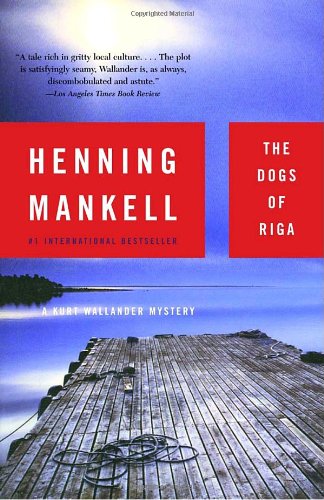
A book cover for The Dogs of Riga; Henning Mankell; Mystery, Thriller & Suspense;